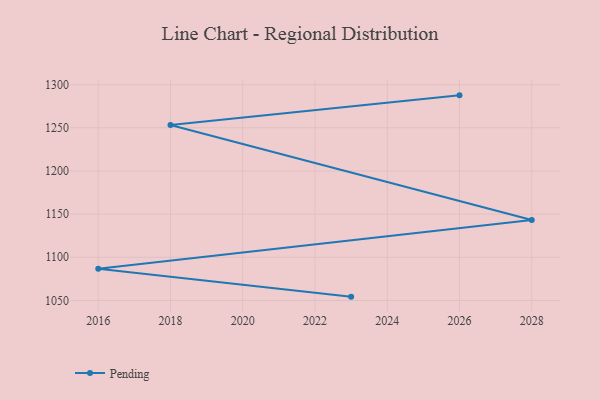
{"axis": {"x": "Year", "y": "Satisfaction Score"}, "legend": ["Pending"], "data": [{"x": "2026", "y": 1287.6, "type": "Pending"}, {"x": "2018", "y": 1253.2, "type": "Pending"}, {"x": "2028", "y": 1143.3, "type": "Pending"}, {"x": "2016", "y": 1086.8, "type": "Pending"}, {"x": "2023", "y": 1054.4, "type": "Pending"}]}